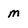
Character: m